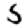
Digit: 5